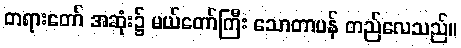
တရားတော် အဆုံး၌ မယ်တော်ကြီး သောတာပန် တည်လေသည်။